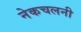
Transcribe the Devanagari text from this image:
नेकचलनी